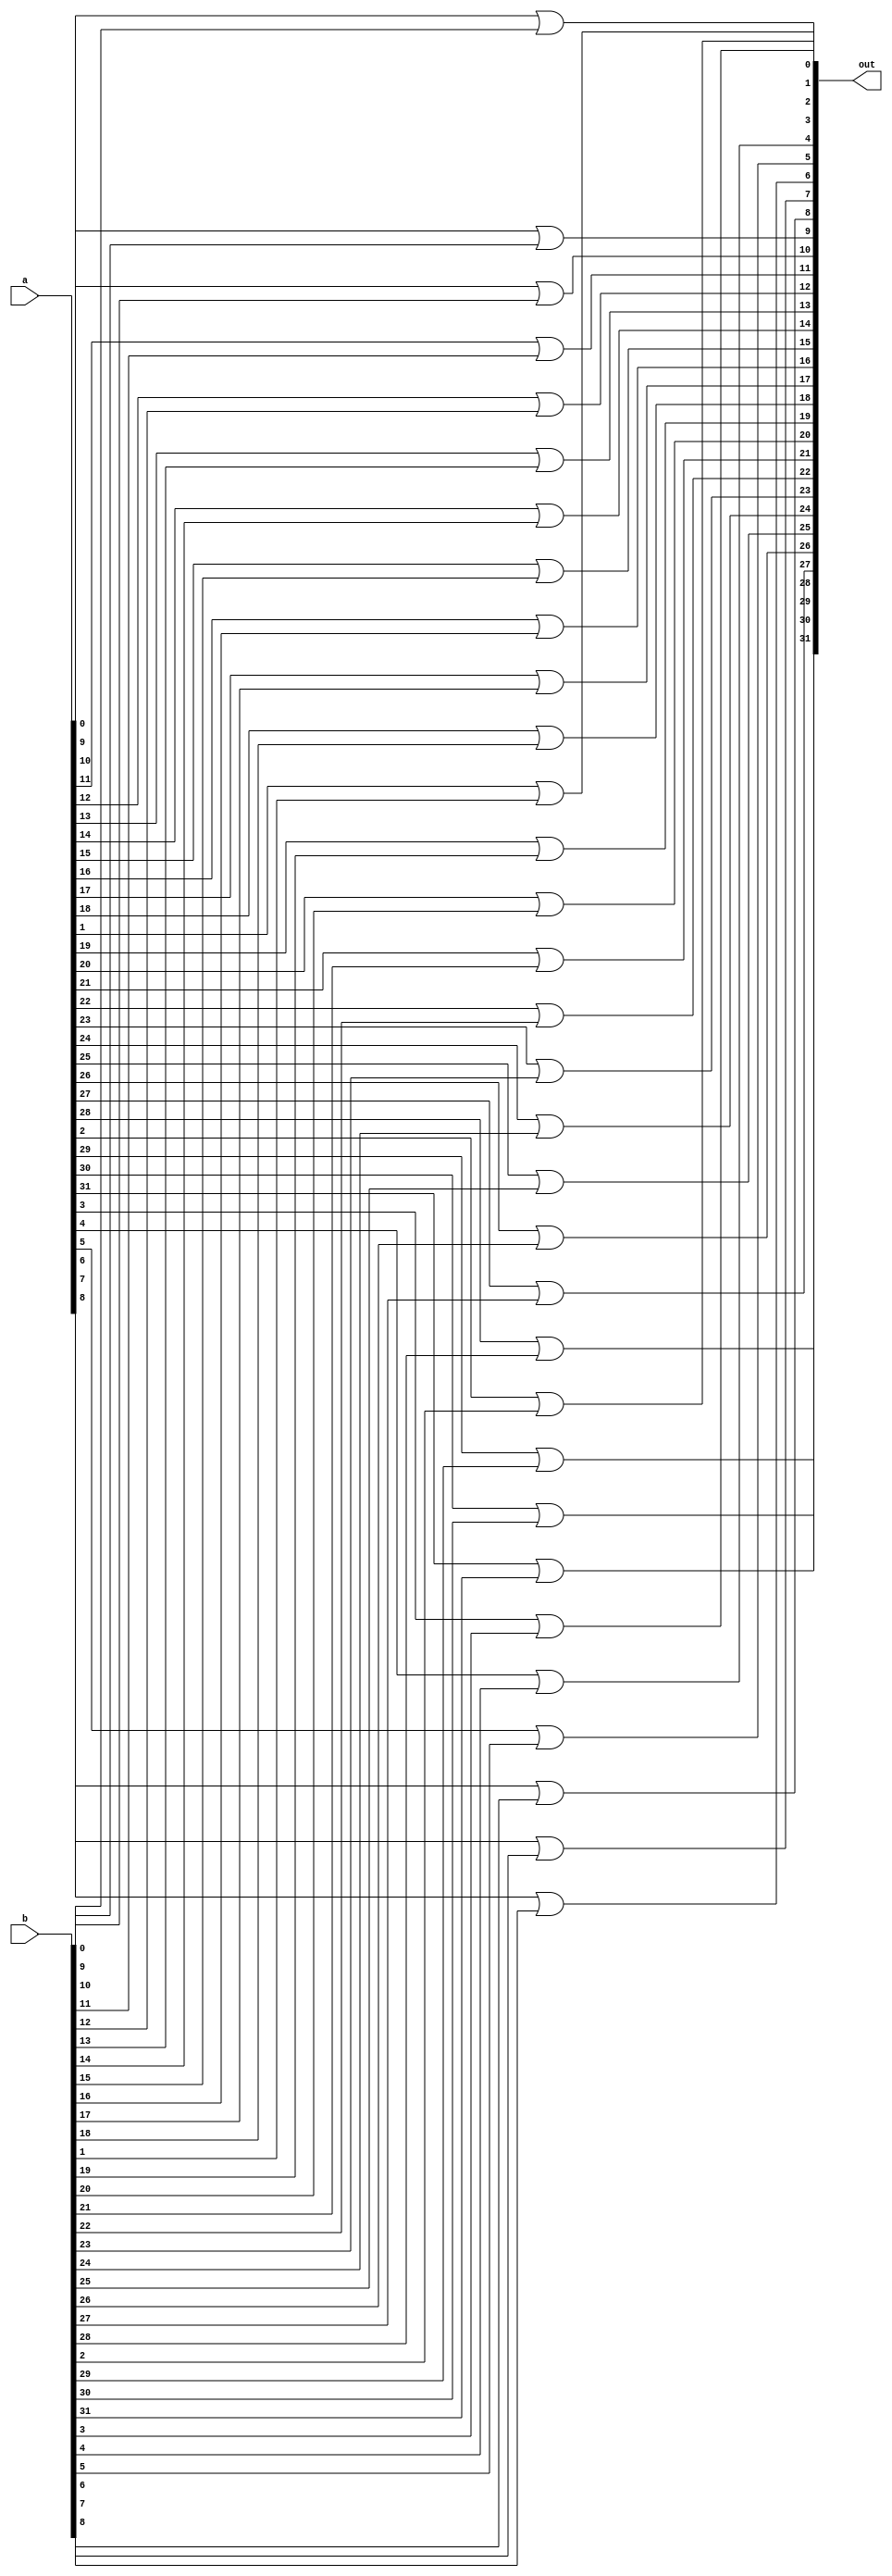
module _32bit_or(out,a,b);
input [31:0] a,b;
output [31:0] out;
genvar i;



	generate
	
		for (i = 0; i < 32; i = i + 1) begin:myFor
			or andGate (out[i],a[i],b[i]);
		end
	endgenerate
	
endmodule